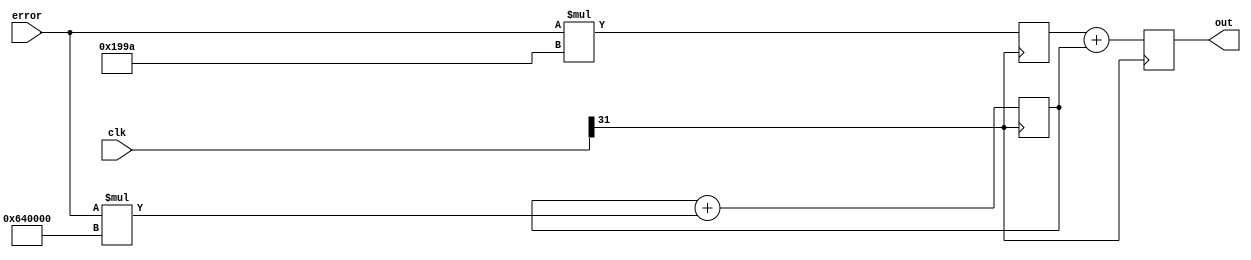
module pi_controller2(
    input [31:0] clk,
    input signed [31:0] error,
    output reg signed [31:0] out
);

    parameter Kp = 0.1;
    parameter Ki = 100;

    reg signed [31:0] integral = 0;
    reg signed [31:0] proportional = 0;

    always @(posedge clk[31]) begin
        proportional <= error * $signed(Kp * 2**16);
        integral <= integral + error * $signed(Ki * 2**16);
        out <= proportional + integral;
    end

endmodule